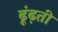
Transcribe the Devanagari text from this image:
ढूंढ़ती